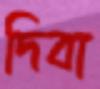
দিবা